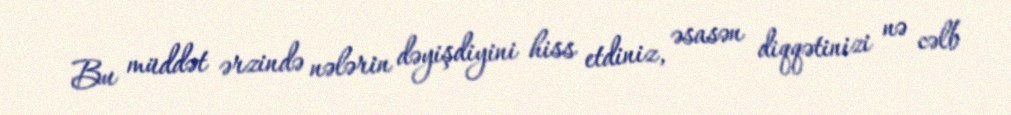
Bu müddət ərzində nələrin dəyişdiyini hiss etdiniz, əsasən diqqətinizi nə cəlb